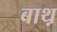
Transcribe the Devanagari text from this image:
बाथ़